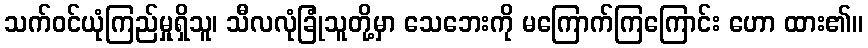
သက်ဝင်ယုံကြည်မှုရှိသူ၊ သီလလုံခြုံသူတို့မှာ သေဘေးကို မကြောက်ကြကြောင်း ဟော ထား၏။